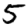
Digit: 5